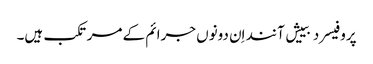
پروفیسر دبییش آنند اِن دونوں جرائم کے مرتکب ہیں۔